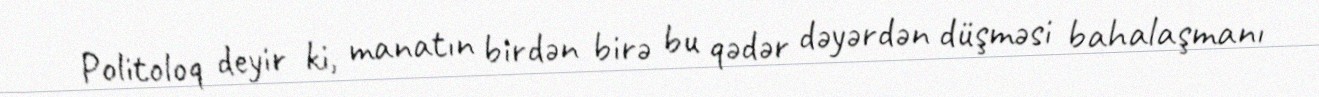
Politoloq deyir ki, manatın birdən birə bu qədər dəyərdən düşməsi bahalaşmanı